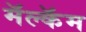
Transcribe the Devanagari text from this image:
मॅल्कॅम